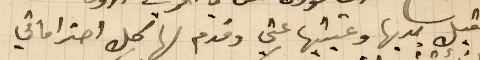
فقبل يديها وعينيها عني وقدم لها كل احتراماتي